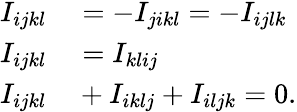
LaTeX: \begin{array}{rl}{I_{ijkl}}&{{}=-I_{jikl}=-I_{ijlk}}\\ {I_{ijkl}}&{{}=I_{klij}}\\ {I_{ijkl}}&{{}+I_{iklj}+I_{iljk}=0.}\end{array}